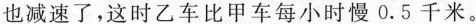
也减速了，这时乙车比甲车每小时慢0.5千米。